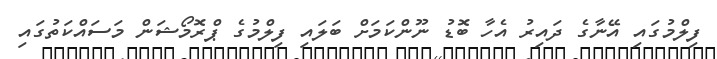
ފިލްމުގައި އޭނާގެ ދައިރު އެހާ ބޮޑު ނޫންކަމަށް ބަލަައި ފިލްމުގެ ޕްރޮމޯޝަން މަސައްކަތުގައި